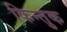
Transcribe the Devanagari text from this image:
किन्तुक